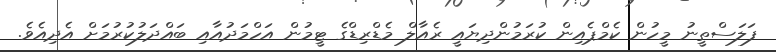
ފަލަސްތީނު މީހުން ކެމްޕެއިން ކުރަމުންދިޔައީ ރެއާލް މެޑްރިޑްގެ ޓީމުން އަހްމަދުއާއި ބައްދަލުކުރުމަށް އެދިއެވެ.